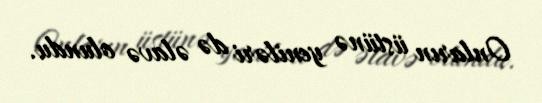
Onların üstünə yeniləri də əlavə olundu.